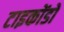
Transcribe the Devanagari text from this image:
टाइकोंडों